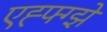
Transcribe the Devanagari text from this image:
एह्फ्ग्झे